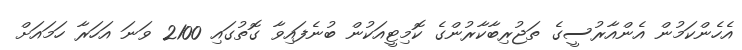
އެހެންކަމުން އެންއާރުސީގެ ތަޖުރިބާކާރުންގެ ކޮމިޓީއަކުން ބުނެފައިވާ ގޮތުގައި 2100 ވަނަ އަހަރާ ހަމައަށް